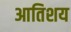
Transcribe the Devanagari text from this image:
आतिशय